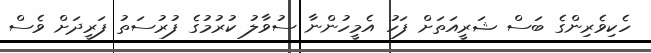
ހެކިވެރިންގެ ބަސް ޝަރީއަތަށް ފަހު އެމީހުންނާ ސުވާލު ކުރުމުގެ ފުރުސަތު ފަރީދަށް ވެސް